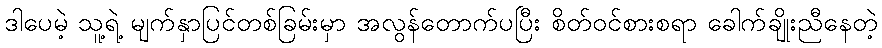
ဒါပေမဲ့ သူ့ရဲ့ မျက်နှာပြင်တစ်ခြမ်းမှာ အလွန်တောက်ပပြီး စိတ်ဝင်စားစရာ ခေါက်ချိုးညီနေတဲ့